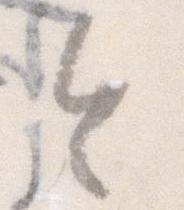
令